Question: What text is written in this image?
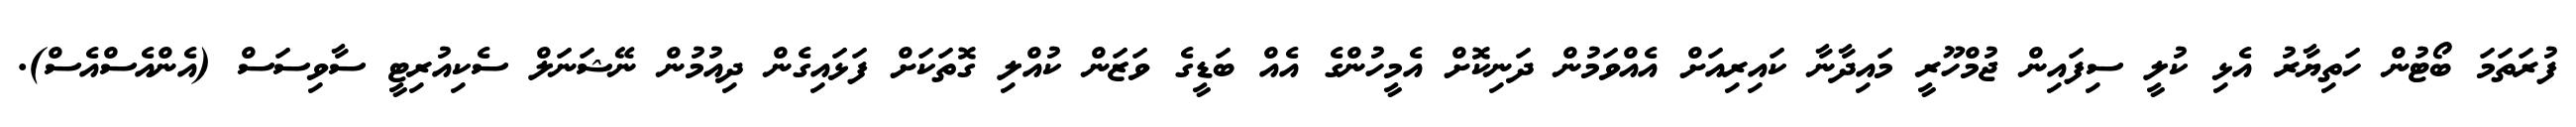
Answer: ފުރަތަމަ ބޯޓުން ހަތިޔާރު އެޅި ކުލީ ސިފައިން ޖުމްހޫރީ މައިދާނާ ކައިރިއަށް އެއްވަމުން ދަނިކޮށް އެމީހުންގެ އެއް ބަޑީގެ ވަޒަން ކުއްލި ގޮތަކަށް ފަޅައިގެން ދިއުމުން ނޭޝަނަލް ސެކިއުރިޓީ ސާވިސަސް (އެންއެސްއެސް).